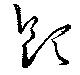
飲